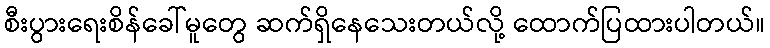
စီးပွားရေးစိန်ခေါ်မူတွေ ဆက်ရှိနေသေးတယ်လို့ ထောက်ပြထားပါတယ်။